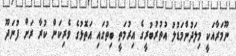
ނޫމަރާއަކީ މިލަދުންމަޑުލު އުތުރުބުރީގެ އިރުމަތީ ބިތުގައި އަތޮޅުގެ ވެރިކަން ކުރާ ރަށް ފުނަދޫ